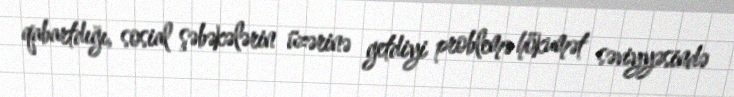
qabartdığı, sosial şəbəkələrin üzərinə getdiyi problemə hökumət səviyyəsində